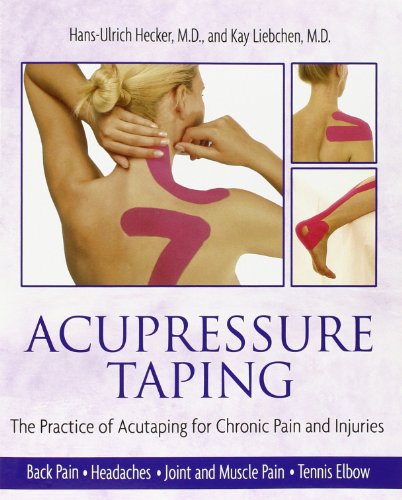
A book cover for Acupressure Taping: The Practice of Acutaping for Chronic Pain and Injuries; Hans-Ulrich Hecker M.D.; Health, Fitness & Dieting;